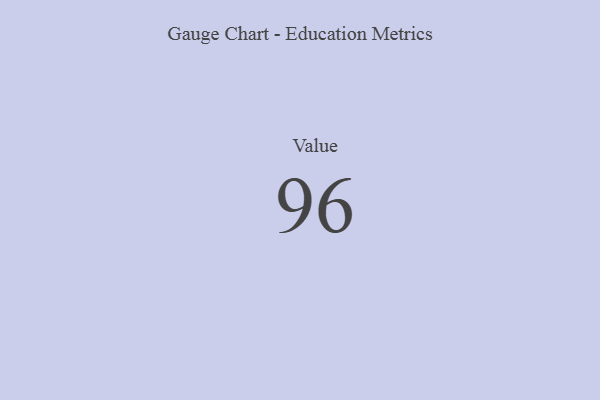
{"axis": {"x": "Metric", "y": "Value"}, "legend": [""], "data": [{"x": "Value", "y": 96, "type": ""}]}